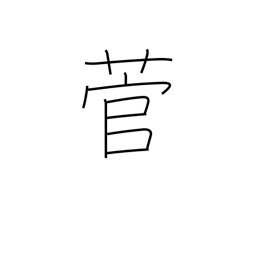
Meaning: sedge